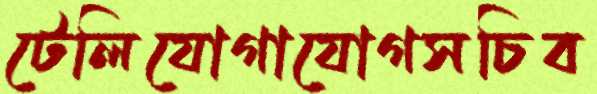
টেলিযোগাযোগসচিব